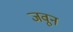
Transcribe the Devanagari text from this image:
जवून